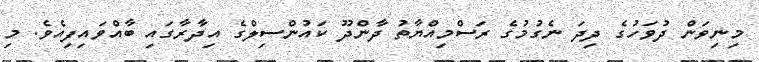
މިނިވަން ދުވަހުގެ ދިދަ ނެގުމުގެ ރަސްމިއްޔާތު ދާންދޫ ކައުންސިލްގެ އިދާރާގައި ބާއްވައިފިއެވެ. މި